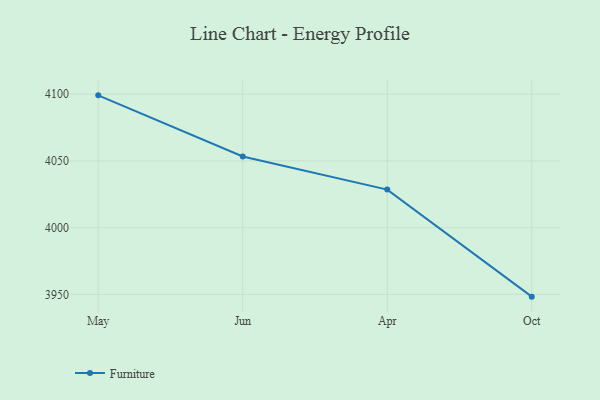
{"axis": {"x": "Month", "y": "Conversion Rate (%)"}, "legend": ["Furniture"], "data": [{"x": "May", "y": 4099.1, "type": "Furniture"}, {"x": "Jun", "y": 4053.3, "type": "Furniture"}, {"x": "Apr", "y": 4028.5, "type": "Furniture"}, {"x": "Oct", "y": 3948.3, "type": "Furniture"}]}